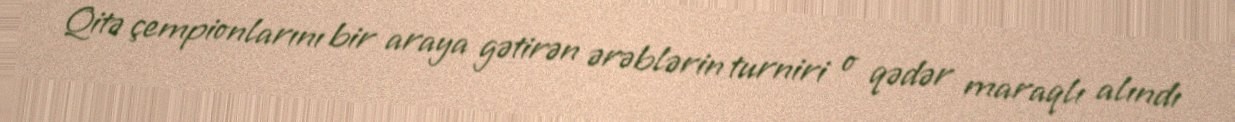
Qitə çempionlarını bir araya gətirən ərəblərin turniri o qədər maraqlı alındı